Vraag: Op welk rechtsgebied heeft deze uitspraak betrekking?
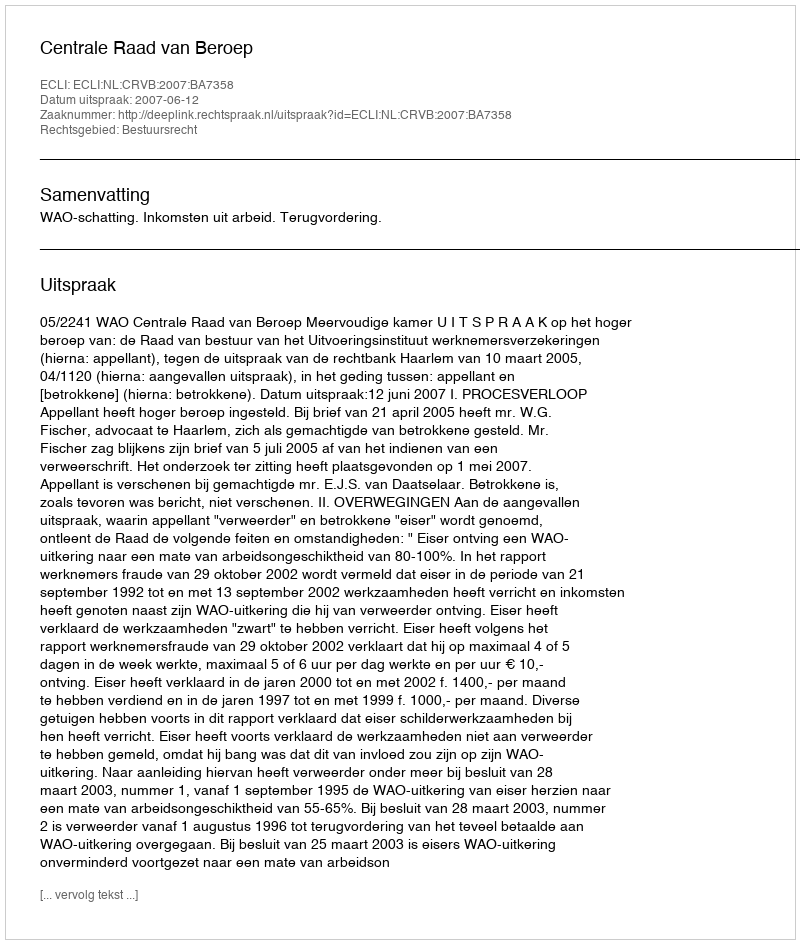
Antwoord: Bestuursrecht